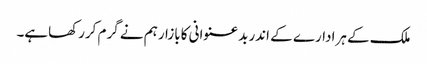
ملک کے ہرادارے کے اندربدعنوانی کابازارہم نے گرم کررکھاہے۔